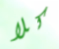
كلا